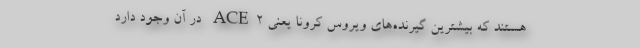
هستند که بیشترین گیرنده‌های ویروس کرونا یعنی ACE۲ در آن وجود دارد